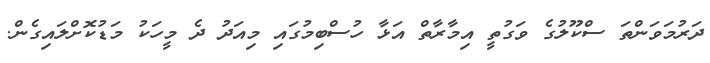
ދަރުމަވަންތަ ސްކޫލުގެ ވަގުތީ އިމާރާތް އަޅާ ހުސްބިމުގައި މިއަދު ދެ މީހަކު މަޑުކޮށްލައިގެން.